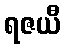
ရဇယီ